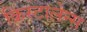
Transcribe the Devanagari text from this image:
क्रिस्टालेन्स